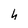
Character: h